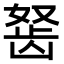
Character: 𬺀